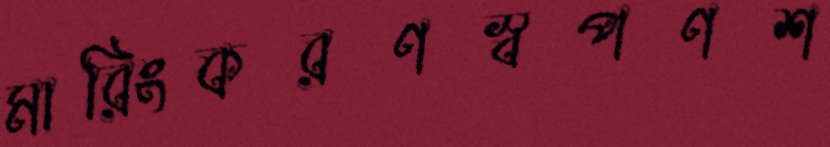
মারিংকরণস্বপণশ